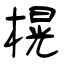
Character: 榥